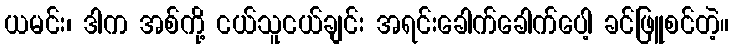
ယမင်း၊ ဒါက အစ်ကို့ ငယ်သူငယ်ချင်း အရင်းခေါက်ခေါက်ပေါ့ ခင်ဖြူစင်တဲ့။